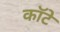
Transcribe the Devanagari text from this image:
कॉटे